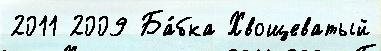
2011 2009 Ба́бка Хвощеватый